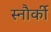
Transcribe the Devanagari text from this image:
स्नौर्की